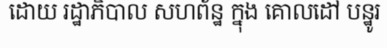
ដោយ រដ្ឋាភិបាល សហព័ន្ឋ ក្នុង គោលដៅ បន្ឋូរ